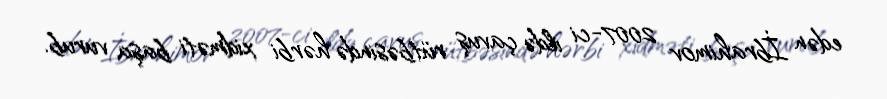
edən İbrahimov 2007-ci ildə çavuş rütbəsində hərbi xidməti başa vurub.